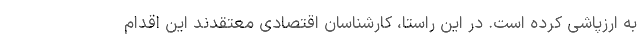
به ارزپاشی کرده است. در این راستا، کارشناسان اقتصادی معتقدند این اقدام